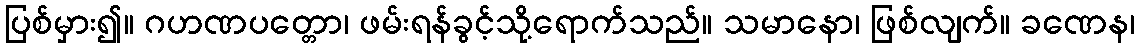
ပြစ်မှား၍။ ဂဟဏပတ္တော၊ ဖမ်းရန်ခွင့်သို့ရောက်သည်။ သမာနော၊ ဖြစ်လျက်။ ခဏေန၊